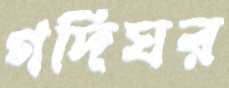
গদিঘর